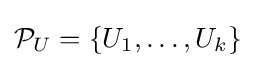
{\mathcal {P}}_{U}=\{U_{1},\ldots ,U_{k}\}